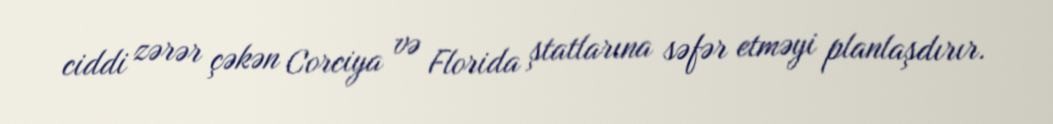
ciddi zərər çəkən Corciya və Florida ştatlarına səfər etməyi planlaşdırır.